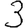
Digit: 3